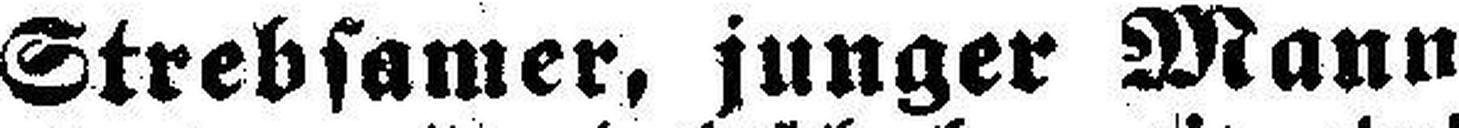
Strebsamer, junger Mann